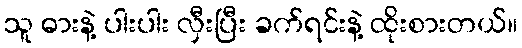
သူ ဓားနဲ့ ပါးပါး လှီးပြီး ခက်ရင်းနဲ့ ထိုးစားတယ်။